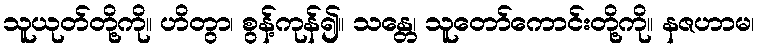
သူယုတ်တို့ကို။ ဟိတွာ၊ စွန့်ကုန်၍။ သန္တေ၊ သူတော်ကောင်းတို့ကို။ နဇဟာမ၊